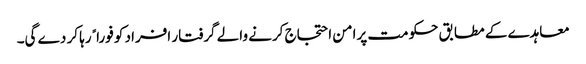
معاہدے کے مطابق حکومت پرامن احتجاج کرنے والے گرفتار افراد کو فوراﹰ رہا کر دے گی۔